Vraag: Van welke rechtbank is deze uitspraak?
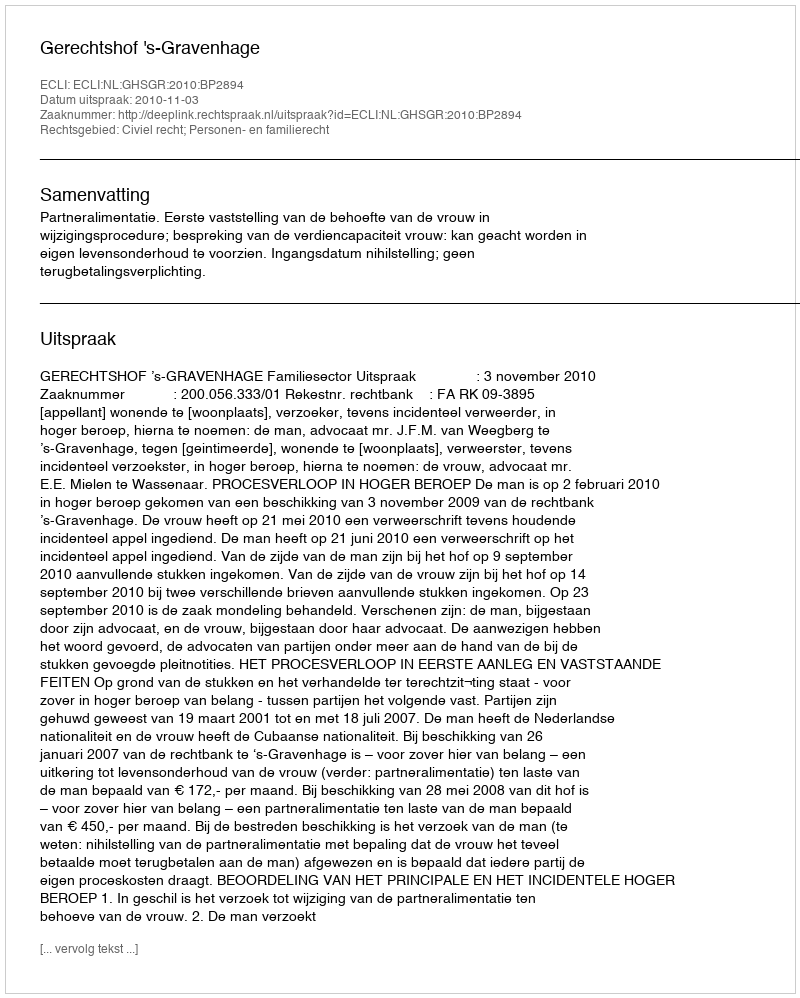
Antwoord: Gerechtshof 's-Gravenhage